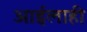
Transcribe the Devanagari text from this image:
आईलाही